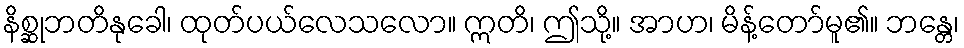
နိစ္ဆုဘတိနုခေါ၊ ထုတ်ပယ်လေသလော။ ဣတိ၊ ဤသို့။ အာဟ၊ မိန့်တော်မူ၏။ ဘန္တေ၊